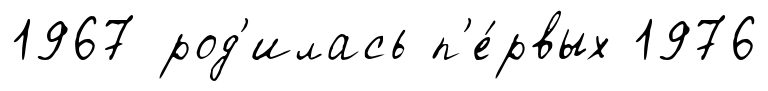
1967 род'илась п'е́рвых 1976